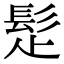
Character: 𩬄